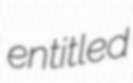
entitled